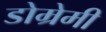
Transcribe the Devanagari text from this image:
डोम्रेमी